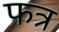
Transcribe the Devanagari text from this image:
फत्र